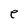
Character: e